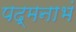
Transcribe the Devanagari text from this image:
पद्‌मनाभं